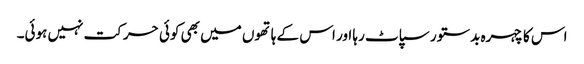
اس کا چہرہ بدستور سپاٹ رہا اور اس کے ہاتھوں میں بھی کوئی حرکت نہیں ہوئی۔